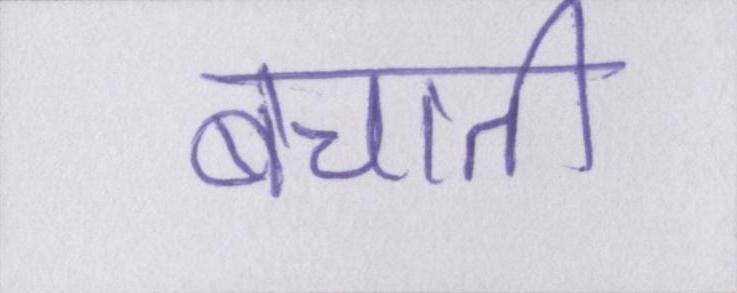
बचाती